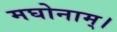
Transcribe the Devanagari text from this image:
मघोनाम्।